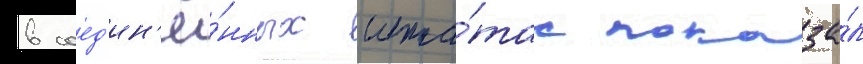
в соед'ин'ё́нных шта́тах показа́л